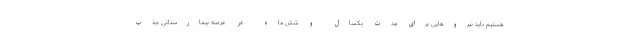
هستیم باید نیرو‌هایی برای مدت یکسال و شش ماه در عرصه بیمارستانی جذب